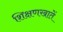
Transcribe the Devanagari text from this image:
शिक्षणखातें